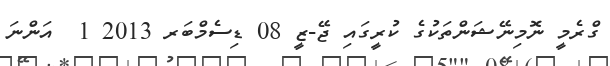
ގްރެމީ ނޮމިނޭޝަންތަކުގެ ކުރީގައި ޖޭ-ޒީ 08 ޑިސެމްބަރ 2013 1  އަންނަ